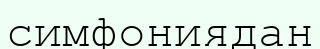
симфониядан